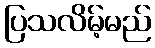
ပြသလိမ့်မည်